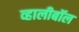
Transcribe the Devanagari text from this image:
व्हालीबॉल